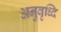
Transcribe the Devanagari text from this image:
अनुवृध्दि